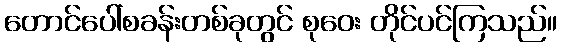
တောင်ပေါ်စခန်းတစ်ခုတွင် စုဝေး တိုင်ပင်ကြသည်။